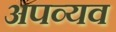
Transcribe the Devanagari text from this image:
अपव्यव